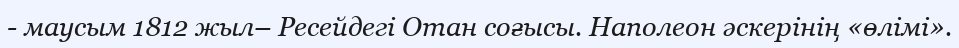
- маусым 1812 жыл– Ресейдегі Отан соғысы. Наполеон әскерінің «өлімі».